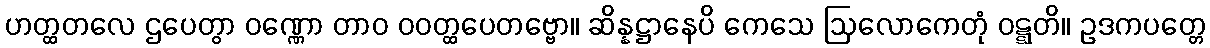
ဟတ္ထတလေ ဌပေတွာ ဝဏ္ဏော တာဝ ဝဝတ္ထပေတဗ္ဗော။ ဆိန္နဋ္ဌာနေပိ ကေသေ ဩလောကေတုံ ဝဋ္ဋတိ။ ဥဒကပတ္တေ